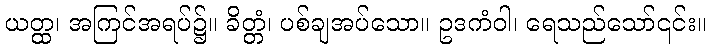
ယတ္ထ၊ အကြင်အရပ်၌။ ခိတ္တံ၊ ပစ်ချအပ်သော။ ဥဒကံဝါ၊ ရေသည်သော်၎င်း။